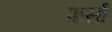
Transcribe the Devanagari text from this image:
फर्सा